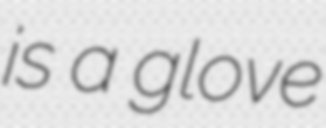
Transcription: is a glove